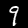
Digit: 9